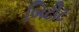
બિટૌટ